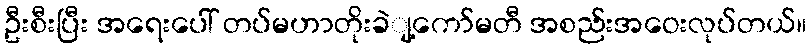
ဦးစီးပြီး အရေးပေါ် တပ်မဟာတိုးခဲျ့ကော်မတီ အစည်းအဝေးလုပ်တယ်။